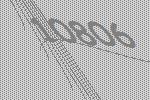
10806